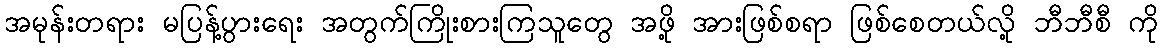
အမုန်းတရား မပြန့်ပွားရေး အတွက်ကြိုးစားကြသူတွေ အဖို့ အားဖြစ်စရာ ဖြစ်စေတယ်လို့ ဘီဘီစီ ကို